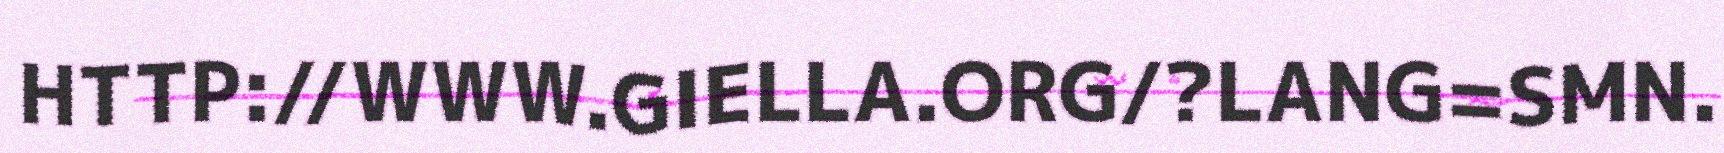
HTTP://WWW.GIELLA.ORG/?LANG=SMN.